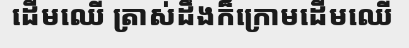
ដើមឈើ ត្រាស់ដឹងក៏ក្រោមដើមឈើ